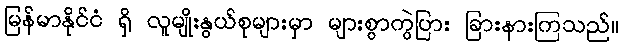
မြန်မာနိုင်ငံ ရှိ လူမျိုးနွယ်စုများမှာ များစွာကွဲပြား ခြားနားကြသည်။